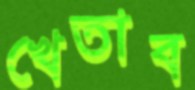
খেতাব